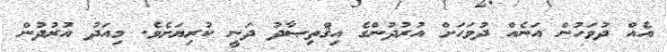
އެއް ދުވަހުން އަނެއް ދުވަހަށް އުރުދުންގެ އިޤްތިޞާދު ދަނީ ކުރިޔަށެވެ. މިއަދު އުރުދުން